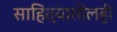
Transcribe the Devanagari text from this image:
साहित्यातीलही